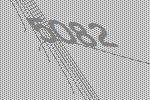
5082